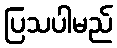
ပြသပါမည်